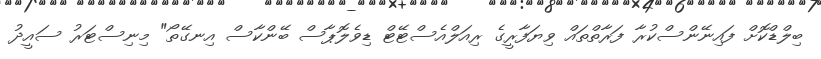
ބިލްޑްކޮށް ފައިނޭންސްކުރާ ފަރާތްތައް ވިޔަފާރީގެ ރިއަލްއެސްޓޭޓް ޑިވެލޮޕާސް ބޭންކާސް އިނގޭތޯ" މިނިސްޓަރު ސައީދު